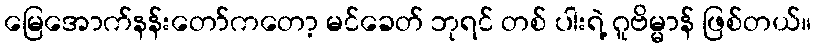
မြေအောက်နန်းတော်ကတော့ မင်ခေတ် ဘုရင် တစ် ပါးရဲ့ ဂူဗိမ္မာန် ဖြစ်တယ်။